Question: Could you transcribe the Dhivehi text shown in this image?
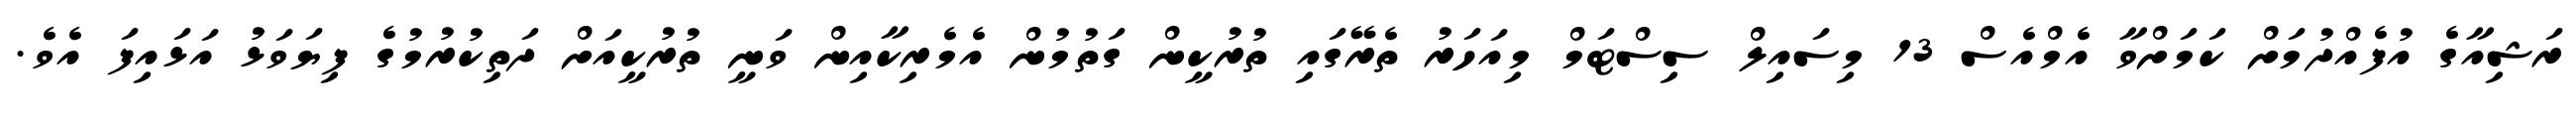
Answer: ރަޝިއާގެ އުފެއްދުމަށް ކަމަށްވާ އެމްއެސް 13 މިސައިލް ސިސްޓަމް މިއަހަރު ތެރޭގައި ތުރުކީން ގަތުމުން އެމެރިކާއިން ވަނީ ތުރުކީއަށް ދަތިކުރުމުގެ ފިޔަވަޅު އަޅައިފަ އެވެ.